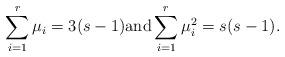
LaTeX: \begin{align*}\sum_{i=1}^r \mu_i=3(s-1) {\rm and}\sum_{i=1}^r \mu_i^2=s(s-1).\end{align*}